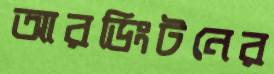
আরডিংটনের